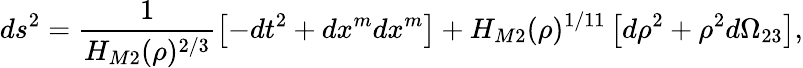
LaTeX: ds^{2}=\frac{1}{H_{M2}(\rho)^{2/3}}\left[-dt^{2}+dx^{m}dx^{m}\right]+H_{M2}(\rho)^{1/11}\left[d\rho^{2}+\rho^{2}d\Omega_{23}\right],